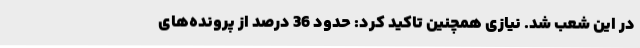
در این شعب شد. نیازی همچنین تاکید کرد: حدود 36 درصد از پرونده‌های